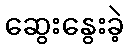
ဆွေးနွေးခဲ့